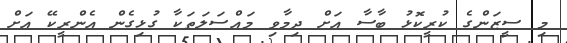
މި ސީޒަންގެ ކުރީކޮޅު ބާސާ އަށް ދިމާވި މައްސަލަތަކާ ގުޅިގެން އެންރީކޭ އަށް